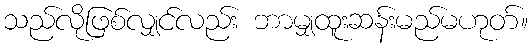
သည်လိုဖြစ်လျှင်လည်း ဘာမျှထူးဆန်းမည်မဟုတ်။